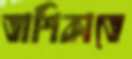
তাশিকাতে